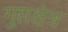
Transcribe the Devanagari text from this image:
गुप्तक्षेत्र